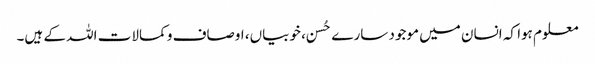
معلوم ہوا کہ انسان میں موجود سارے حُسن، خوبیاں، اوصاف و کمالات اللہ کے ہیں۔